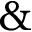
\&